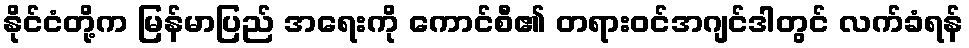
နိုင်ငံတို့က မြန်မာပြည် အရေးကို ကောင်စီ၏ တရားဝင်အဂျင်ဒါတွင် လက်ခံရန်